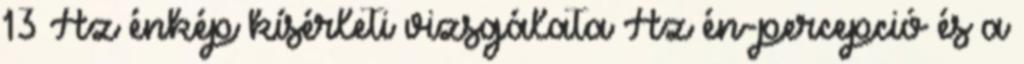
13 Az énkép kísérleti vizsgálata Az én-percepció és a